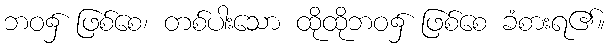
ဘဝ၌ ဖြစ်စေ၊ တစ်ပါးသော ထိုထိုဘဝ၌ ဖြစ်စေ ခံစားရ၏။